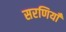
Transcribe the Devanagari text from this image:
सरणियाँ